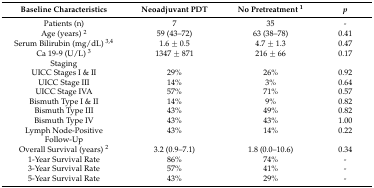
<table><thead><tr><td><b>Baseline Characteristics</b></td><td><b>Neoadjuvant PDT</b></td><td><b>No Pretreatment <sup>1</sup></b></td><td><b><i>p</i></b></td></tr></thead><tbody><tr><td>Patients (n)</td><td>7</td><td>35</td><td>-</td></tr><tr><td>Age (years) <sup>2</sup></td><td>59 (43–72)</td><td>63 (38–78)</td><td>0.41</td></tr><tr><td>Serum Bilirubin (mg/dL) <sup>3,4</sup></td><td>1.6 ± 0.5</td><td>4.7 ± 1.3</td><td>0.47</td></tr><tr><td>Ca 19-9 (U/L) <sup>3</sup></td><td>1347 ± 871</td><td>216 ± 66</td><td>0.17</td></tr><tr><td>Staging</td><td></td><td></td><td></td></tr><tr><td>UICC Stages I &amp; II</td><td>29%</td><td>26%</td><td>0.92</td></tr><tr><td>UICC Stage III</td><td>14%</td><td>3%</td><td>0.64</td></tr><tr><td>UICC Stage IVA</td><td>57%</td><td>71%</td><td>0.57</td></tr><tr><td>Bismuth Type I &amp; II</td><td>14%</td><td>9%</td><td>0.82</td></tr><tr><td>Bismuth Type III</td><td>43%</td><td>49%</td><td>0.82</td></tr><tr><td>Bismuth Type IV</td><td>43%</td><td>43%</td><td>1.00</td></tr><tr><td>Lymph Node-Positive</td><td>43%</td><td>14%</td><td>0.22</td></tr><tr><td>Follow-Up</td><td></td><td></td><td></td></tr><tr><td>Overall Survival (years) <sup>2</sup></td><td>3.2 (0.9–7.1)</td><td>1.8 (0.0–10.6)</td><td>0.34</td></tr><tr><td>1-Year Survival Rate</td><td>86%</td><td>74%</td><td>-</td></tr><tr><td>3-Year Survival Rate</td><td>57%</td><td>41%</td><td>-</td></tr><tr><td>5-Year Survival Rate</td><td>43%</td><td>29%</td><td>-</td></tr></tbody></table>